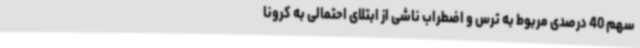
سهم 40 درصدی مربوط به ترس و اضطراب ناشی از ابتلای احتمالی به کرونا